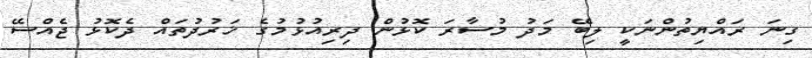
ގިނަ ރައްޔިތުންނަކީ ލިބޭ މަދު މުސާރަ ކޮޅުން ދިރިއުޅުމުގެ ޚަރުދުތައް ދެކޮޅު ޖެއްސޭ